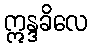
ဣန္ဒခိလေ